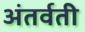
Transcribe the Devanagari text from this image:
अंतर्वती